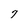
Character: 7